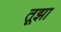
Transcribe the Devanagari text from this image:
तूझा